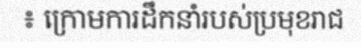
៖ ក្រោមការដឹកនាំរបស់ប្រមុខរាជ